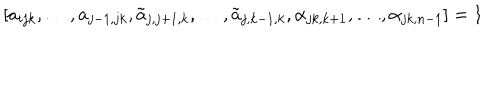
LaTeX: [ a _ { i j k } , \dots , a _ { j - 1 , j k } , \tilde { a } _ { j , j + 1 , k } , \dots , \tilde { a } _ { j , k - 1 , k } , \alpha _ { j k , k + 1 } , \dots , \alpha _ { j k , n - 1 } ] = 1